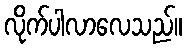
လိုက်ပါလာလေသည်။